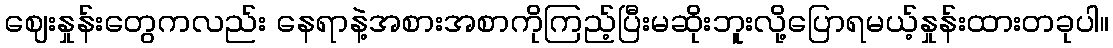
ဈေးနှုန်းတွေကလည်း နေရာနဲ့အစားအစာကိုကြည့်ပြီးမဆိုးဘူးလို့ပြောရမယ့်နှုန်းထားတခုပါ။